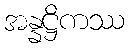
အန္နဋ္ဌိကဿ